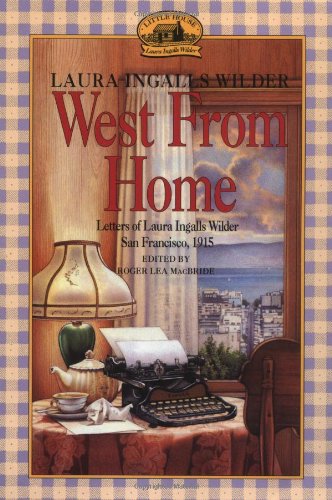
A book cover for West from Home: Letters of Laura Ingalls Wilder, San Francisco, 1915; Laura Ingalls Wilder; Children's Books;